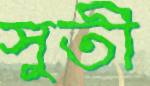
সুতী